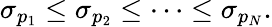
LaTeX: \sigma_{p_{1}}\leq\sigma_{p_{2}}\leq\cdots\leq\sigma_{p_{N}}.